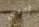
وحدي